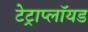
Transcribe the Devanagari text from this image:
टेट्राप्लॉयड